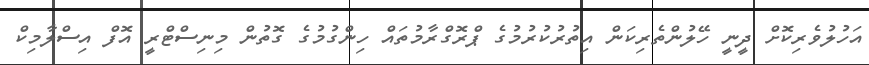
އަހުލުވެރިކޮށް ދީނީ ހޭލުންތެރިކަން އިތުރުކުރުމުގެ ޕްރޮގްރާމުތައް ހިންގުމުގެ ގޮތުން މިނިސްޓްރީ އޮފް އިސްލާމިކް